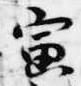
寅